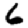
Digit: 6